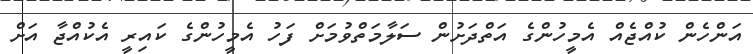
އަންހެން ކުއްޖެއް އެމީހުންގެ އަތްދަށުން ސަލާމަތްވުމަށް ފަހު އެމީހުންގެ ކައިރީ އެކުއްޖާ އަށް